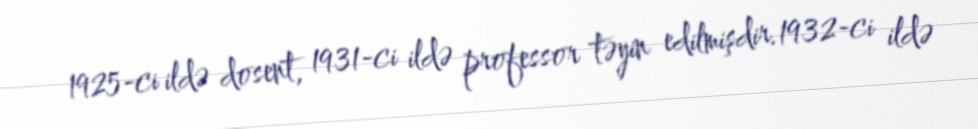
1925-ci ildə dosent, 1931-ci ildə professor təyin edilmişdir.1932-ci ildə